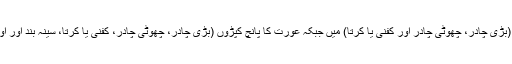
مرد کا کفن تین کپڑوں (بڑی چادر، چھوٹی چادر اور کفنی یا کرتا) میں جبکہ عورت کا پانچ کپڑوں (بڑی چادر، چھوٹی چادر، کفنی یا کرتا، سینہ بند اور اوڑھنی) میں مسنون ہے۔